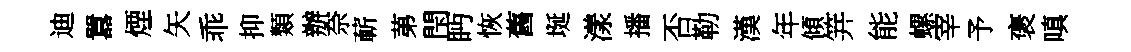
迪囂煙矢乖抑類辦奈蔪苐閇眄恢舊埏漾播否勒漢年傾笄能螺宰予褒嗔